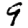
Digit: 9